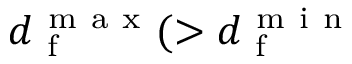
d _ { \mathrm { ~ f ~ } } ^ { \mathrm { ~ m ~ a ~ x ~ } } ( > d _ { \mathrm { ~ f ~ } } ^ { \mathrm { ~ m ~ i ~ n ~ } }